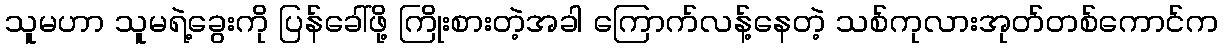
သူမဟာ သူမရဲ့ခွေးကို ပြန်ခေါ်ဖို့ ကြိုးစားတဲ့အခါ ကြောက်လန့်နေတဲ့ သစ်ကုလားအုတ်တစ်ကောင်က